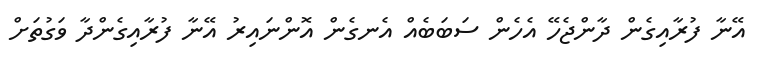
އޭނާ ފުރާއިގެން ދާންޖެހޭ އެހެން ސަބަބެއް އެނގެން އޮންނައިރު އޭނާ ފުރާއިގެންދާ ވަގުތަށް